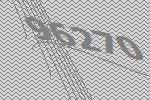
96270